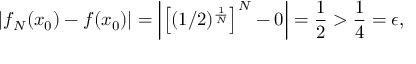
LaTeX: \left| f _ { N } ( x _ { 0 } ) - f ( x _ { 0 } ) \right| = \left| \left[ ( 1 / 2 ) ^ { \frac { 1 } { N } } \right] ^ { N } - 0 \right| = { \frac { 1 } { 2 } } > { \frac { 1 } { 4 } } = \epsilon ,